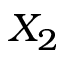
X _ { 2 }